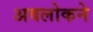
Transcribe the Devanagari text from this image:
अवलोकने